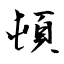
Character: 頓